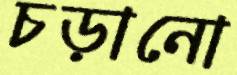
চড়ানো